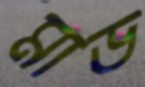
মাড